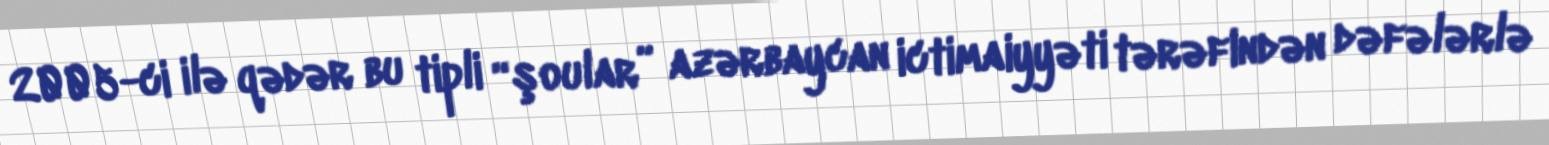
2005-ci ilə qədər bu tipli “şoular” azərbaycan ictimaiyyəti tərəfindən dəfələrlə